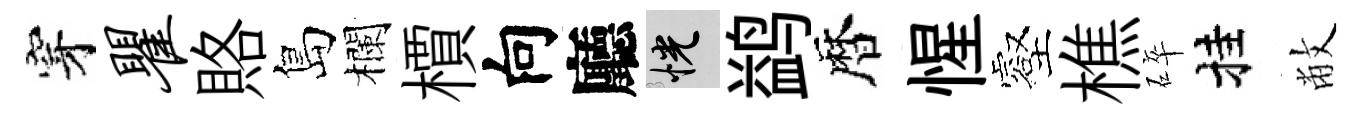
穿瞿賂島欄檟向廳恍鹢暦惺壑樵碎挂敝